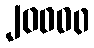
၂၀၀၀၀